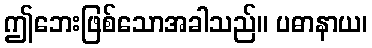
ဤဘေးဖြစ်သောအခါသည်။ ပဓာနာယ၊